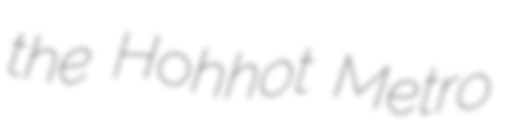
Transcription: the Hohhot Metro